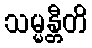
သမ္မန္တီတိ